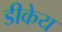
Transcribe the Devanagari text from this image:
डीकेय